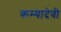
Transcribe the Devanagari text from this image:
कम्यादेवी